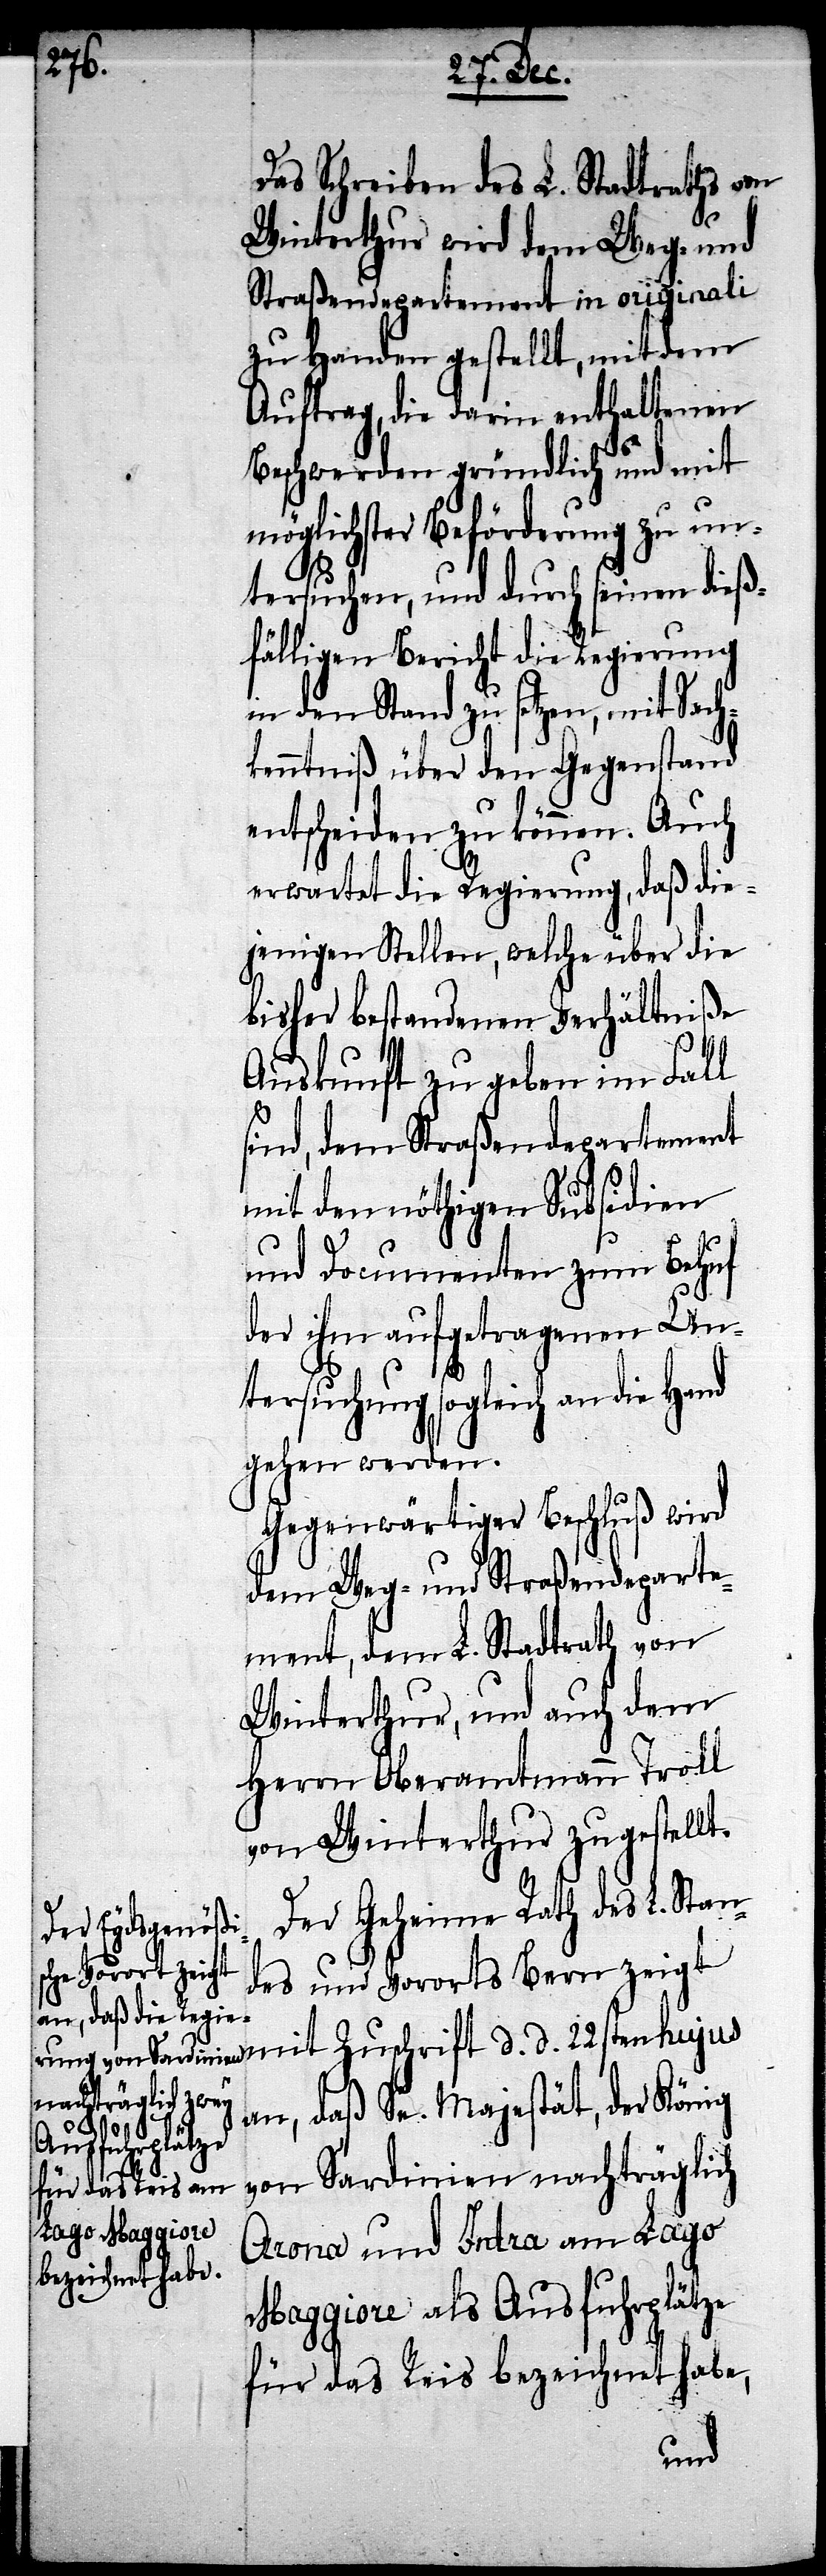
Das Schreiben des L. Stadtrathes von
Winterthur wird dem Weg- und
Straßendepartement in originali
zu Handen gestellt, mit dem
Auftrag, die darin enthaltenen
d.
Beschwerden gründlich und mit
möglichster Beförderung zu un¬
tersuchen, und durch seinen dieß¬
fälligen Bericht die Regierung
in den Stand zu setzen, mit Sach¬
kenntniß über den Gegenstand
entscheiden zu können. Auch
erwartet die Regierung, daß die¬
jenigen Stellen, welche über die
bisher bestandenen Verhältniße
Auskunft zu geben im Fall
sind, dem Straßendepartement
mit den nöthigen Subsidien
und Documenten zum Behuf
der ihm aufgetragenen Un¬
tersuchung sogleich an die
gehen werden.
Gegenwärtiger Beschluß wird
dem Weg- und Straßendeparte¬
ment, dem L. Stadtrath von
Winterthur, und auch dem
Herrn Oberamtmann Troll
von Winterthur zugestellt.
Der Geheime Rath des L. Stan¬
des und Vororts Bern zeigt
an, daß Se. Majestät, der König
Zuschrift d.
von Sardinien nachträglich
Arona und Intra am Lago
Maggiore als Ausfuhrplätze
für das Reis bezeichnet habe,